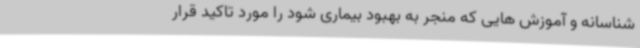
شناسانه و آموزش هایی که منجر به بهبود بیماری شود را مورد تاکید قرار